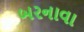
બરનાવા